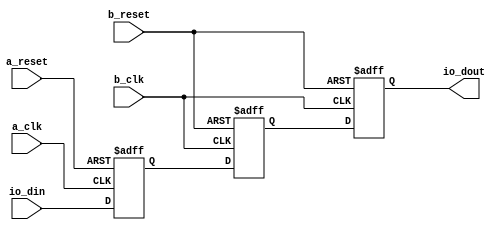
// Generator : SpinalHDL v1.7.2    git head : 08fc866bebdc40c471ebe327bface63e34406489
// Component : Clock_2
// Git hash  : 23d564a3e9d4d768c2cb1641ec7dc2becc0d2602

`timescale 1ns/1ps

module Clock_2 (
  input               io_din,
  output              io_dout,
  input               a_clk,
  input               a_reset,
  input               b_clk,
  input               b_reset
);

  reg                 areaA_bufA;
  (* async_reg = "true" *) reg                 areaB_buf0;
  reg                 areaB_buf1;

  assign io_dout = areaB_buf1;
  always @(posedge a_clk or posedge a_reset) begin
    if(a_reset) begin
      areaA_bufA <= 1'b0;
    end else begin
      areaA_bufA <= io_din;
    end
  end

  always @(posedge b_clk or posedge b_reset) begin
    if(b_reset) begin
      areaB_buf0 <= 1'b0;
      areaB_buf1 <= 1'b0;
    end else begin
      areaB_buf0 <= areaA_bufA;
      areaB_buf1 <= areaB_buf0;
    end
  end


endmodule